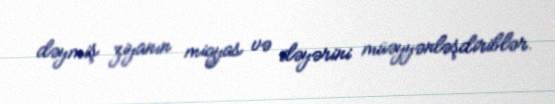
dəymiş ziyanın miqyas və dəyərini müəyyənləşdiriblər.